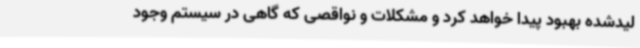
لیدشده بهبود پیدا خواهد کرد و مشکلات و نواقصی که گاهی در سیستم وجود